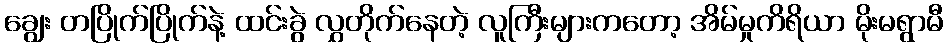
ချွေး တပြိုက်ပြိုက်နဲ့ ထင်းခွဲ လွှတိုက်နေတဲ့ လူကြီးများကတော့ အိမ်မှုကိရိယာ မိုးမရွာမီ